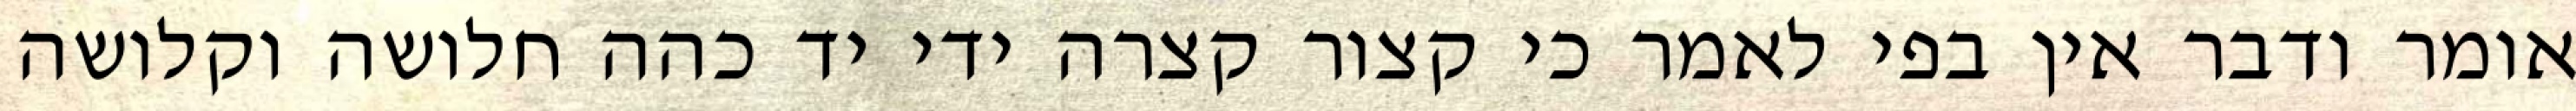
אומר ודבר אין בפי לאמר כי קצור קצרה ידי יד כהה חלושה וקלושה